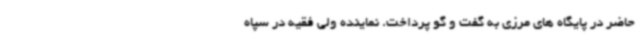
حاضر در پایگاه های مرزی به گفت و گو پرداخت. نماینده ولی فقیه در سپاه